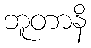
ဘူတာနိ